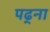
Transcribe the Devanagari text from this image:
पढ्ना